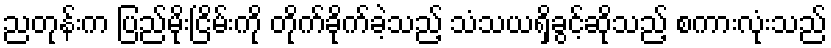
ညတုန်းက ပြည်မိုးငြိမ်းကို တိုက်ခိုက်ခဲ့သည့် သံသယရှိခွင့်ဆိုသည့် စကားလုံးသည်